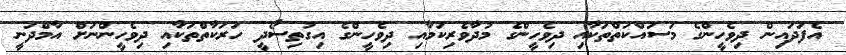
އެފަދައިން ދިވެހީންގެ މަސައްކަތްތަކާއި ދިވެހީންގެ މުދާވެރިކަމާއި ދިވެހީންގެ އިގުތިސޯދީ ހަރަކާތްތަކާއި ދިވެހީންނަށް އާމްދަނީ